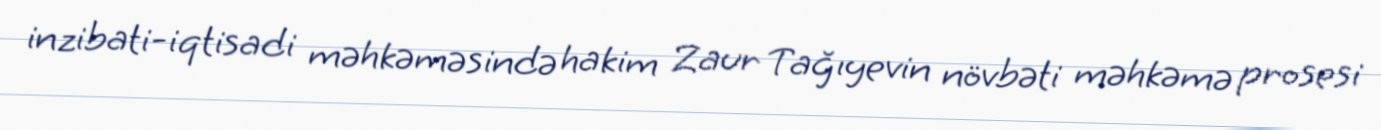
inzibati-iqtisadi məhkəməsində hakim Zaur Tağıyevin növbəti məhkəmə prosesi